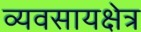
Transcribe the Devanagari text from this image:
व्यवसायक्षेत्र